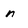
Character: n